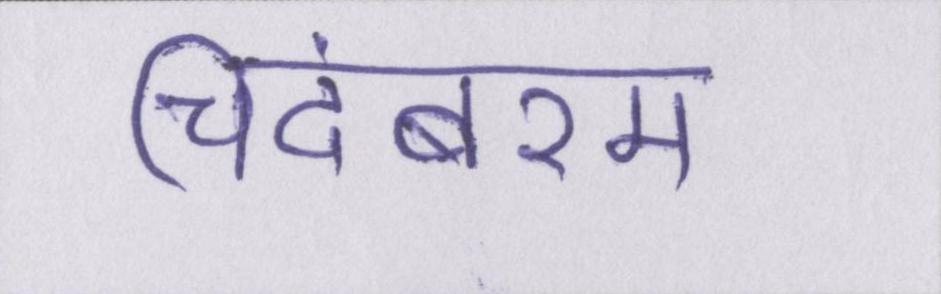
चिदंबरम